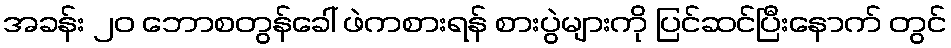
အခန်း ၂၀ ဘောစတွန်ခေါ် ဖဲကစားရန် စားပွဲများကို ပြင်ဆင်ပြီးနောက် တွင်